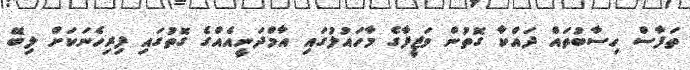
ތަފާސް ހިސާބުތައް ދައްކާ ގޮތުން ވަޒީފާގެ މާހައުލުގައި އާމްދަނީއެއްގެ ގޮތުގައި ފިރިހެނަކަށް ލިބޭ